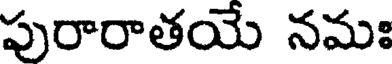
పురారాతయే నమః